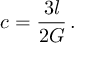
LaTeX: c = \frac { 3 l } { 2 G } \, .